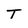
Character: T